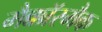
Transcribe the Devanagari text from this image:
मैक्कॉरमैक